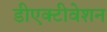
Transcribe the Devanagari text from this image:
डीएक्टीवेशन